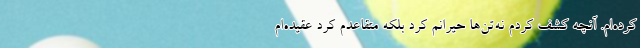
کرده‌ام. آنچه کشف کردم نه‌تن‌ها حیرانم کرد بلکه متقاعدم کرد عقیده‌ام